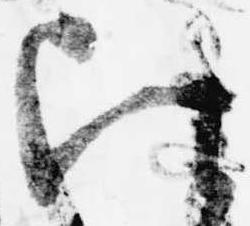
頃